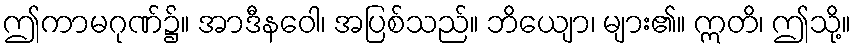
ဤကာမဂုဏ်၌။ အာဒီနဝေါ၊ အပြစ်သည်။ ဘိယျော၊ များ၏။ ဣတိ၊ ဤသို့။